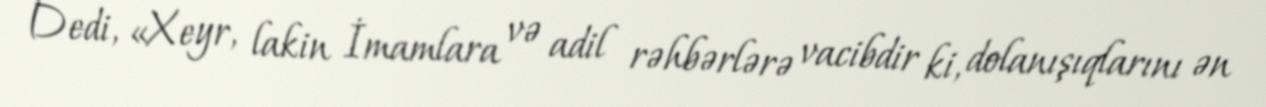
Dedi, «Xeyr, lakin İmamlara və adil rəhbərlərə vacibdir ki, dolanışıqlarını ən